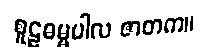
စူဠဓမ္မပါလ ဇာတက။